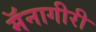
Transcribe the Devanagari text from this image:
मॅनागीरी